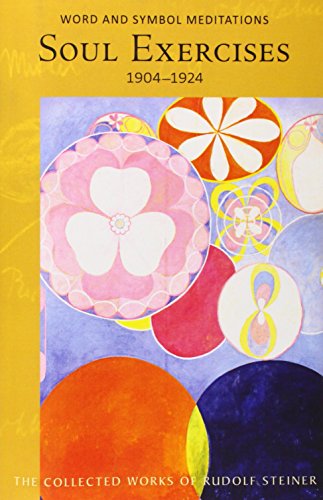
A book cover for Soul Exercises: Word and Symbol Meditation Exercises for Systematic Development of Higher Perception (Collected Works of Rudolf Steiner); Rudolf Steiner; Religion & Spirituality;